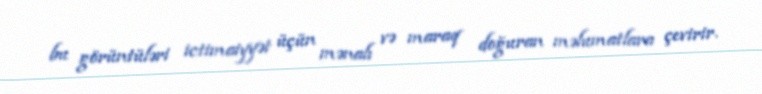
bu görüntüləri ictimaiyyət üçün mənalı və maraq doğuran məlumatlara çevirir.